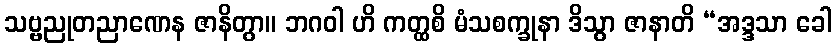
သဗ္ဗညုတညာဏေန ဇာနိတွာ။ ဘဂဝါ ဟိ ကတ္ထစိ မံသစက္ခုနာ ဒိသွာ ဇာနာတိ “အဒ္ဒသာ ခေါ